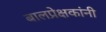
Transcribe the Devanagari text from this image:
बालप्रेक्षकांनी